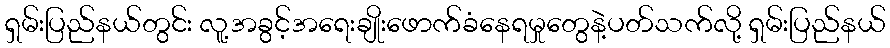
ရှမ်းပြည်နယ်တွင်း လူ့အခွင့်အရေးချိုးဖောက်ခံနေရမှုတွေနဲ့ပတ်သက်လို့ ရှမ်းပြည်နယ်